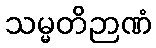
သမ္မတိဉာဏံ